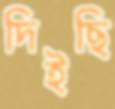
দিইছি